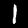
Digit: 1